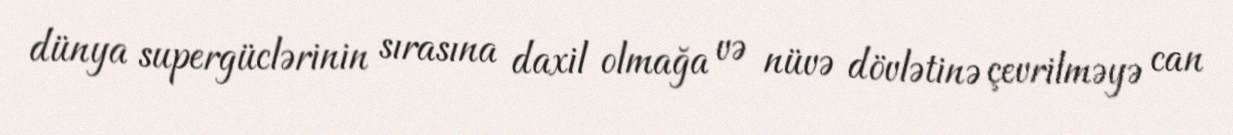
dünya supergüclərinin sırasına daxil olmağa və nüvə dövlətinə çevrilməyə can